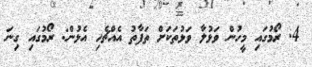
4. ރޯމުގައި މީހުން ވަޅުލާ ވަޅުތަކަށް ތަފާތު އެއްޗެހި އެޅުން: ރޯމުގައި ގިނަ